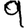
Digit: 9